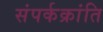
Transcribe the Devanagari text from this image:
संपर्कक्रांति